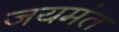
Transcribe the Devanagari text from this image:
जयमंत